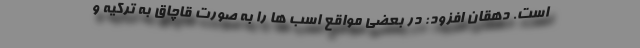
است. دهقان افزود: در بعضی مواقع اسب ها را به صورت قاچاق به ترکیه و